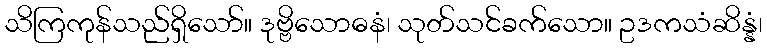
သိကြကုန်သည်ရှိသော်။ ဒုဗ္ဗိသောဓနံ၊ သုတ်သင်ခက်သော။ ဥဒကသံဆိန္နံ၊